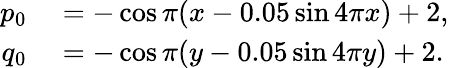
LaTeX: \begin{array}{rl}{p_{0}}&{{}=-\cos\pi(x-0.05\sin 4\pi x)+2,}\\ {q_{0}}&{{}=-\cos\pi(y-0.05\sin 4\pi y)+2.}\end{array}